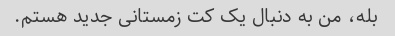
بله، من به دنبال یک کت زمستانی جدید هستم.